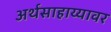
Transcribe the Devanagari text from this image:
अर्थसाहाय्यावर